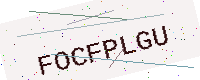
Text: FOCFPLGU